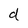
Character: d